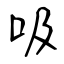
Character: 吸